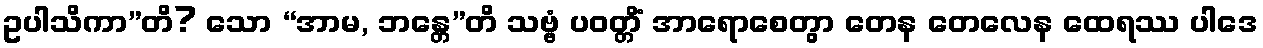
ဥပါသိကာ”တိ? သော “အာမ, ဘန္တေ”တိ သဗ္ဗံ ပဝတ္တိံ အာရောစေတွာ တေန တေလေန ထေရဿ ပါဒေ